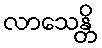
လာသေန္တိ